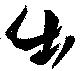
出